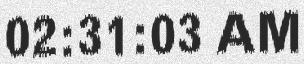
02:31:03 AM